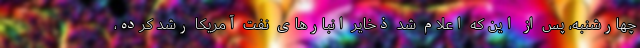
چهارشنبه، پس از این که اعلام شد ذخایر انبارهای نفت آمریکا رشد کرده،